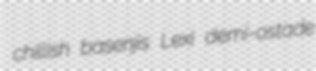
chillish basenjis Lexi demi-ostade